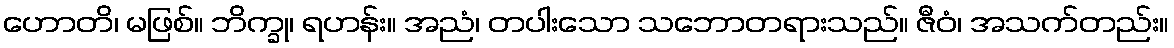
ဟောတိ၊ မဖြစ်။ ဘိက္ခု၊ ရဟန်း။ အညံ၊ တပါးသော သဘောတရားသည်။ ဇီဝံ၊ အသက်တည်း။